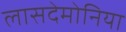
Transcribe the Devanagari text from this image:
लासदेमोनिया